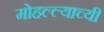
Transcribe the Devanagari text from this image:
मोहल्ल्याच्यी